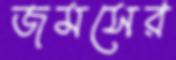
জমসের